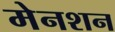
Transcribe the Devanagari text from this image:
मेनशन